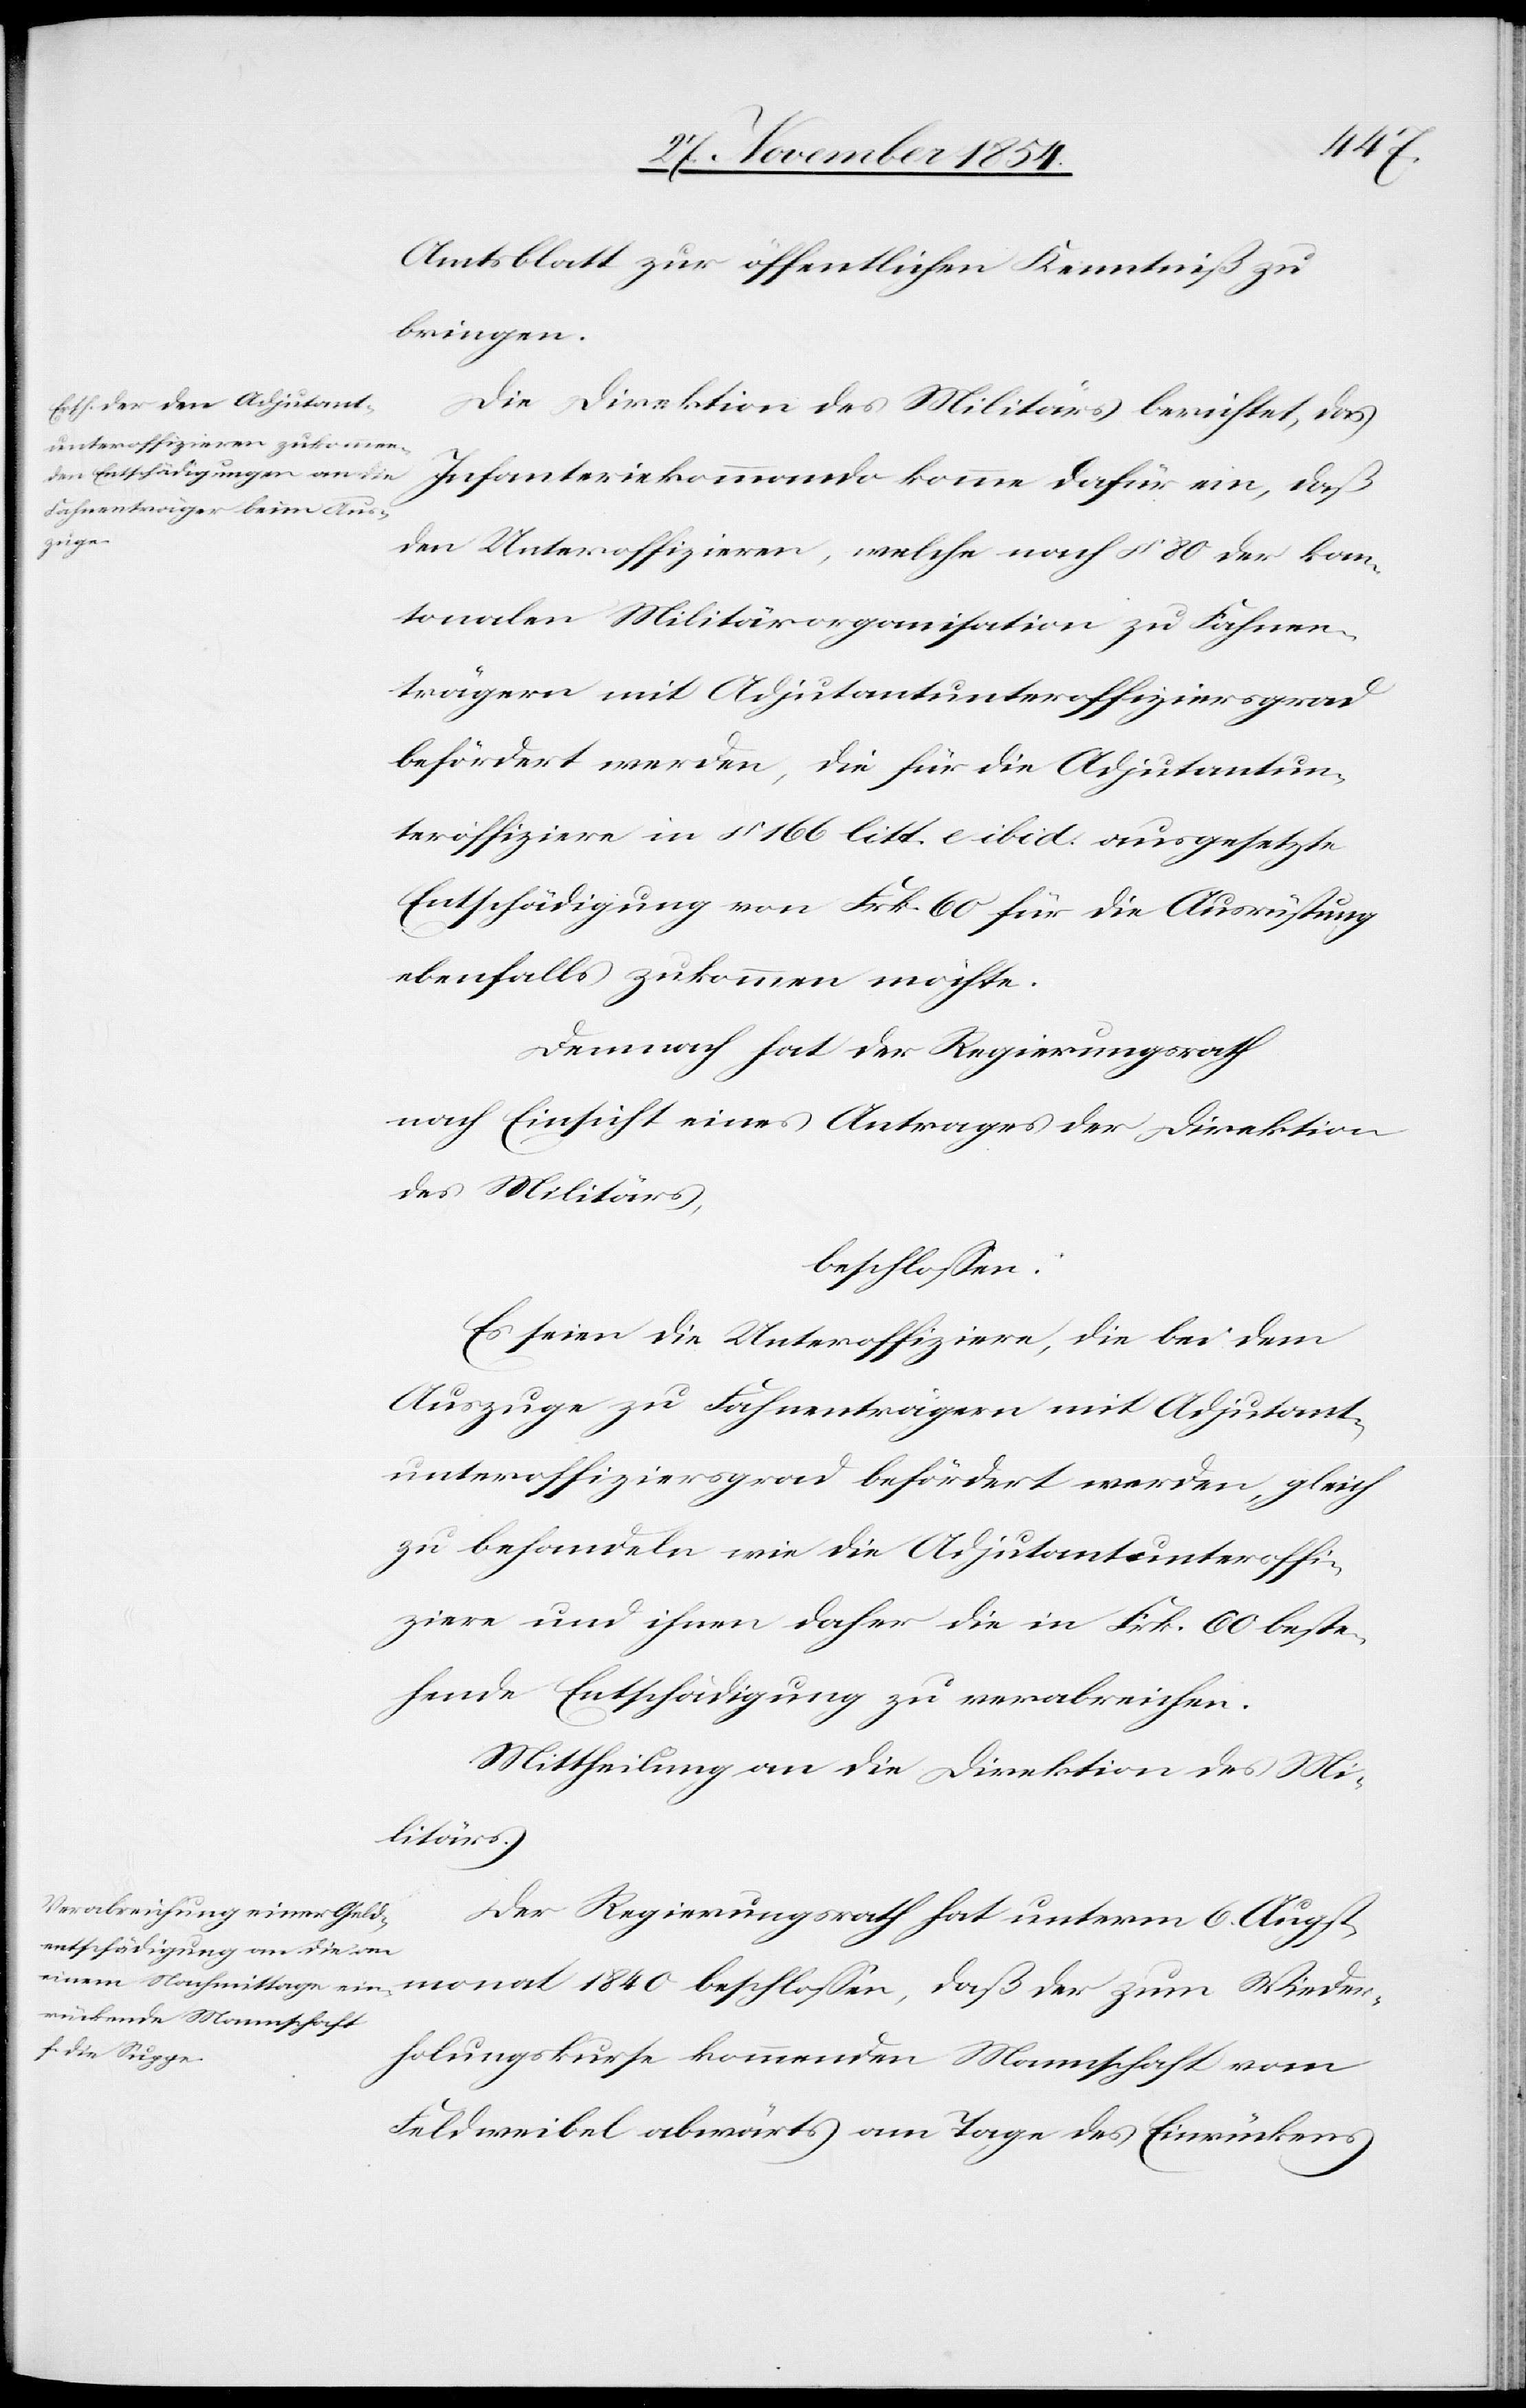
1840
Amtsblatt zur öffentlichen Kenntniß zu
bringen.
Die Direktion des Militärs berichtet, das
den Unteroffizieren, welche nach § 80 der kan¬
tonalen Militärorganisation zu Fahnen¬
trägern mit Adjutantunteroffiziersgrad
befördert werden, die für die Adjutantun¬
teroffiziere in § 166 litt. e. ibis. ausgesetzte
Entschädigung von Frk. 60 für die Ausrüstung
ebenfalls zukommen möchte.
Demnach hat der Regierungsrath
nach Einsicht eines Antrages der Direktion
des Militärs,
beschloßen,
Es seien die Unteroffiziere, die bei dem
Auszuge zu Fahnenträgern mit Adjutant¬
unteroffiziersgrad befördert werden, gleich
zu behandeln wie die Adjutantunteroffi¬
ziere und ihnen daher die in Frk. 60 beste¬
hende Entschädigung zu verabreichen.
Mittheilung an die Direktion des Mi¬
Wieder¬
Der Regierungsrath hat unterm 6. Augst¬
holungskurse kommenden Mannschaft vom
Feldweibel abwärts am Tage des Einrückens